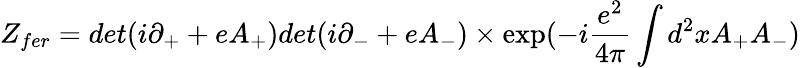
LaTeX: Z_{fer}=det(i\partial_{+}+eA_{+})det(i\partial_{-}+eA_{-})\times\exp(-i\frac{e^{2}}{4\pi}\int d^{2}xA_{+}A_{-})